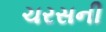
ચરસની